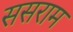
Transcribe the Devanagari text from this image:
ससराम